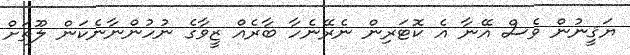
ޔަޤީނުން ވެސް އޭނާ އެ ކޮޓަރިން ނެރޭނެހާ ބާރެއް ޒީވާގެ ނުހުންނާނެކަން ލޫތަށް